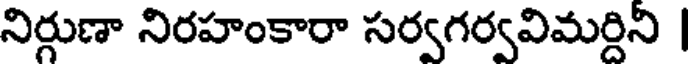
నిర్గుణా నిరహంకారా సర్వగర్వవిమర్దిని